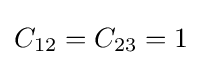
C_{12}=C_{23}=1